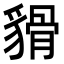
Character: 𧳸